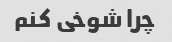
چرا شوخی کنم